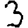
Digit: 3